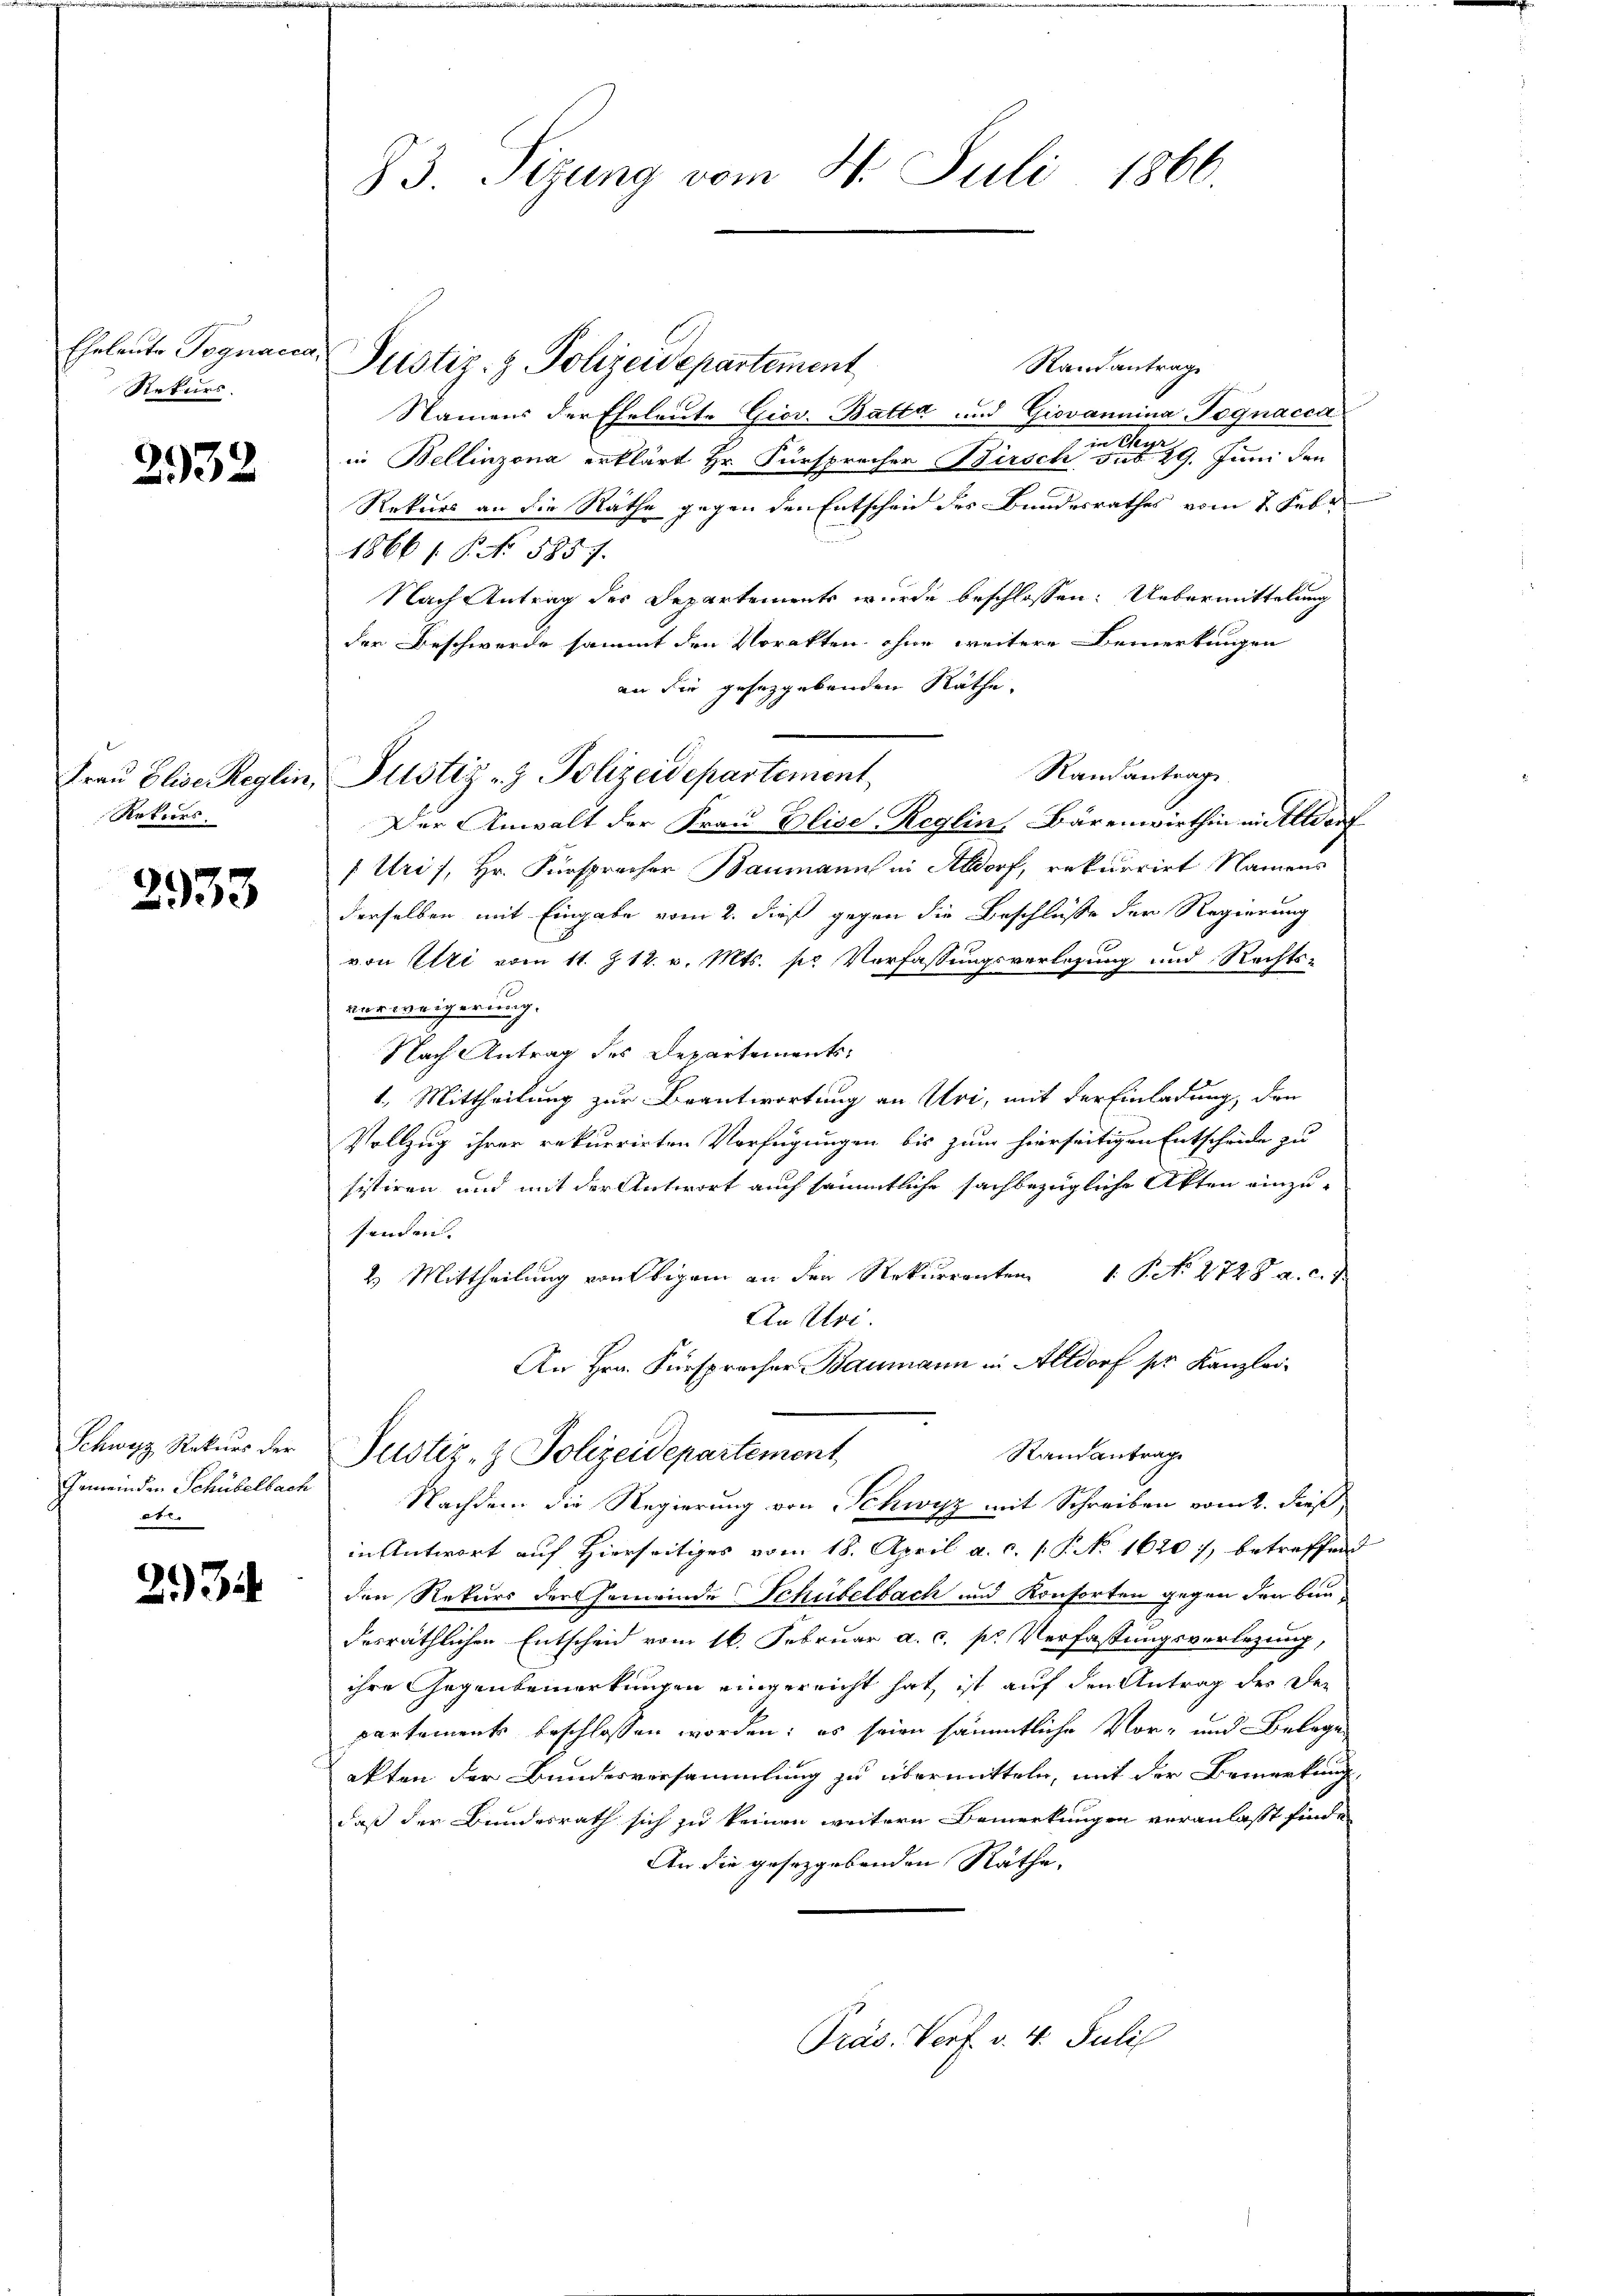
Eheleute Pognacz
Rekurs.

2932

Frau Elise Reglin,
Rotiers.

2933

Schwyz Rekurs der
Gemeinden Schübelbach
t

234

83 Sizung vom 4. Juli 1866.

Justiz- & Polizeidepartement
Randantrag
Namens der Eheleute Giov. Batta und Giovannina Pognacca
in Bellinzona erklärt Hr. Fürsprocher Birsch                   29. Juni den
Rekurs an die Räthe gegen den Entschen des Bundesrathes vom 2. Febr
1866 f. P. No. 5857.
Nach Antrag des Departements wurde beschlossen: Uebermittelung
der Beschwerde sammt den Vorakten ohne weitere Bemerkungen
an die gesetzgebenden Räthe.
Der Anwalt der Frau Elise-Reglin, Bärenwirthin in Altdorf
(Uri), Hr. Fürspracher Baumann in Aldorf, rekurrirt Namens
derselben mit Eingabe vom 2. dieß gegen die Beschluße der Regierung
t
von Etti vom 11. Z. 12. v. Mts. sr Verfassungsvorlesung und Rechts-
verweigerung.
Nach Antrag des Departements-
1. Mittheilung zur Beantwortung an Uri, mit der Einladung, den
Vollzug ihrer rekurrirten Verfügungen bis zum hierseitigen Entscheide zu
sistiren und mit der Antwort auch sämmtliche sachbezügliche Akten einzu-
senden.
2. Mittheilung von Eigen an den Rekurrenten P. No. 2728 a. c. 4.
An Uri.
An Hrn. Fürsprocher Baumann in Altdorf per Kanzlei-
Randantrage
Justiz- & Polizeidepartement
Nachdem die Regierung von Schwyz mit Schreiben vom 2. dieß
in Antwort auf Hierseitiges vom 18. April a. c. s. P. No 1620), betreffend
den Rekurs der Gemeinde Schübelbach und Konsorten gegen den Bundesräthlichen Entscheid vom 16. Februar a. c. pr. Verfassungsverlegung,
ihre Gegenbemerkungen eingereicht hat, ist auf den Antrag des der
partements beschlossen worden; es seien sämmtliche Vor- und Belege
akten der Bundesversammlung zu übermitteln, mit der Bemerkung
daß der Bundesrath sich zu keinen weitern Bemerkungen veranlasst fin¬
An die gesetzgebenden Räthe,

Justiz- & Polizeidepartement,

Randantrag

Präs. Verf. v. 4. Juli